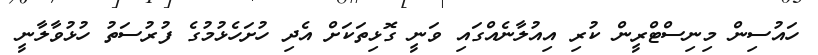
ހައުސިން މިނިސްޓްރީން ކުރި އިއުލާނެއްގައި ވަނީ ގޮޅިތަކަށް އެދި ހުށަހެޅުމުގެ ފުރުސަތު ހުޅުވާލާނީ